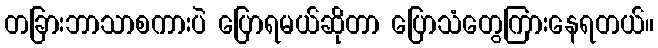
တခြားဘာသာစကားပဲ ပြောရမယ်ဆိုတာ ပြောသံတွေကြားနေရတယ်။